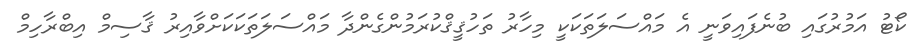
ކޯޓު އަމުރުގައި ބުނެފައިވަނީ އެ މައްސަލަތަކަކީ މިހާރު ތަހުޤީޤްކުރަމުންގެންދާ މައްސަލަތަކަކަށްވާއިރު ޤާސިމް އިބްރާހިމް